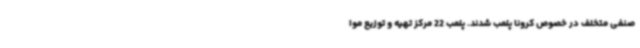
صنفی متخلف در خصوص کرونا پلمب شدند. پلمب 22 مرکز تهیه و توزیع موا